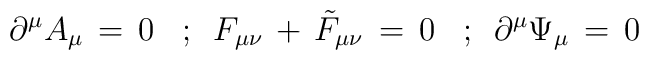
\,\,\,\,\partial^\mu A_\mu\,=\,0\,\,\,\,\,;\,\,\,F_{\mu\nu}\,+\, {\tilde F}_{\mu\nu}\,=\,0\,\,\,\,\,;\,\,\,\partial^\mu \Psi_\mu\,=\,0